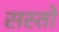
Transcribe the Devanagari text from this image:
सस्तो